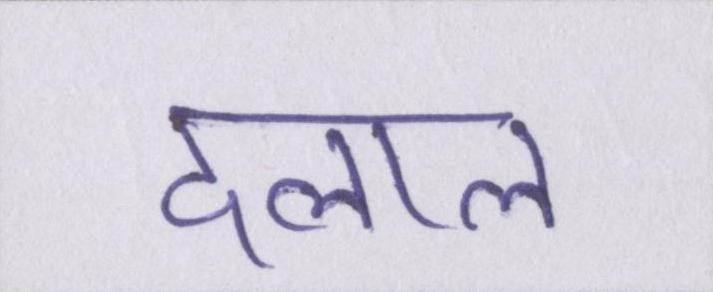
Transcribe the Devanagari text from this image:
दलाल